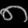
Digit: ၈